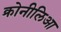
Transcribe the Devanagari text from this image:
क्रोनीलिआ